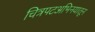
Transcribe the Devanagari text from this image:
चित्रपटअभिनयातून